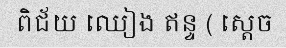
ពិជ័យ ឈៀង ឥន្ទ ( ស្តេច